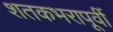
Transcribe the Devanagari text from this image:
शतकभरापूर्वी